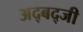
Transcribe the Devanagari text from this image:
अद्बद्जी